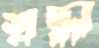
শ্রদ্ধা